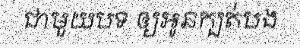
ជាមួយបទ ឲ្យអូនក្បត់បង